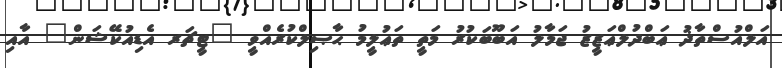
އަލްއުސްތާޛު ޢަބްދުލްޢަޒީޒު ޖަމާލު އަބޫބަކުރު މަތީ ތަޢުލީމު ޙާޞިލްކުރެއްވީ "ޓީޗަރ އެޑިއުކޭޝަން" އާއި